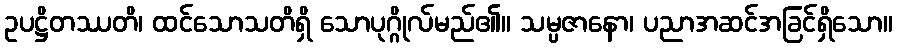
ဥပဋ္ဌိတဿတိ၊ ထင်သောသတိရှိ သောပုဂ္ဂိုလ်မည်၏။ သမ္ပဇာနော၊ ပညာအဆင်အခြင်ရှိသော။